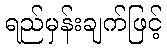
ရည်မှန်းချက်ဖြင့်